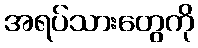
အရပ်သားတွေကို